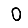
Digit: 0